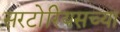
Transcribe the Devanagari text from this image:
सरटोरियसच्या